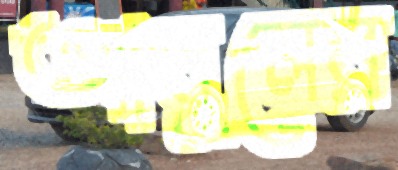
আবুলের